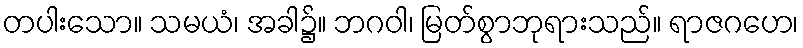
တပါးသော။ သမယံ၊ အခါ၌။ ဘဂဝါ၊ မြတ်စွာဘုရားသည်။ ရာဇဂဟေ၊